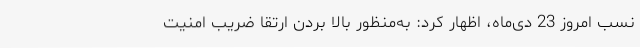
نسب امروز 23 دی‌ماه، اظهار کرد: به‌منظور بالا بردن ارتقا ضریب امنیت